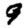
Digit: 9